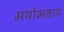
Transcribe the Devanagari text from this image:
मयोभवाय